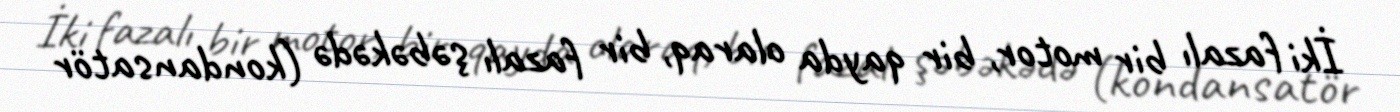
İki fazalı bir motor, bir qayda olaraq, bir fazalı şəbəkədə (kondansatör